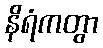
နိရံကတွာ